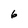
Character: 6